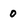
Character: 0